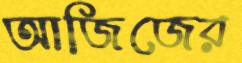
আজিজের